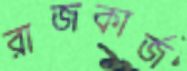
রাজকার্জ